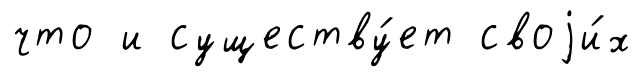
что и существу́ет своjи́х